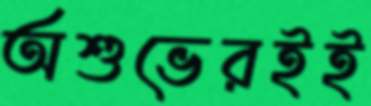
অশুভেরইই